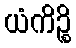
ယံကိဉ္စိ